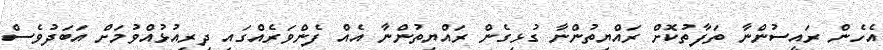
އެހެން ރައީސުންނާ ތަފާތުކޮށް ރައްޔިތުންނާ ގުޅިގެން ރައްޔިތުންނާ އެއް ފެންވަރެއްގައި ދިރިއުޅުއްވުމަށް އަބަދުވެސް